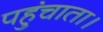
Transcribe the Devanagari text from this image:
पहुंचाता।